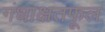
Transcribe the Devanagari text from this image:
गंधाक्षतफूल